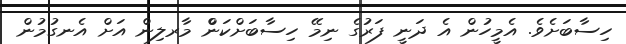
ހިސާބަށެވެ. އެމީހުން އެ ދަނީ ފަރުގެ ނިމޭ ހިސާބަށްކަންް މާރލިން އަށް އެނގުމުން